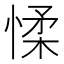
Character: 𢜸